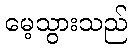
မေ့သွားသည်